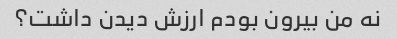
نه من بیرون بودم ارزش دیدن داشت؟